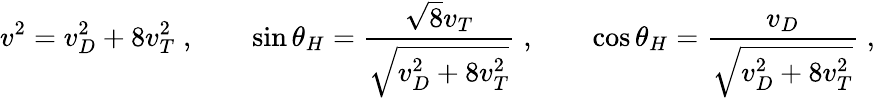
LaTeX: v^{2}=v_{D}^{2}+8v_{T}^{2}\; ,\qquad\sin\theta_{H}=\frac{\sqrt{8}v_{T}}{\sqrt{v_{D}^{2}+8v_{T}^{2}}}\; ,\qquad\cos\theta_{H}=\frac{v_{D}}{\sqrt{v_{D}^{2}+8v_{T}^{2}}}\; ,